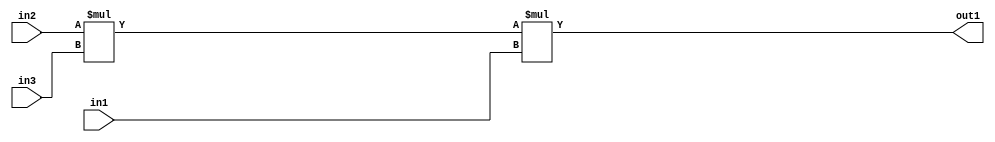
`timescale 1ps / 1ps
/*****************************************************************************
    Verilog RTL Description
    
    
    Created by: Stratus DpOpt 2019.1.01 
*******************************************************************************/

module st_weight_addr_gen_Mul3u16u16u16_4_2 (
	in3,
	in2,
	in1,
	out1
	); /* architecture "behavioural" */ 
input [15:0] in3,
	in2,
	in1;
output [31:0] out1;
wire [31:0] asc001,
	asc002;

assign asc002 = 
	+(in2 * in3);

assign asc001 = 
	+(asc002 * in1);

assign out1 = asc001;
endmodule

/* CADENCE  ubXwTg4= : u9/ySgnWtBlWxVPRXgAZ4Og= ** DO NOT EDIT THIS LINE ******/